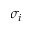
\sigma _ { i }